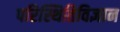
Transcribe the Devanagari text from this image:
परिस्थितिविज्ञान